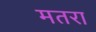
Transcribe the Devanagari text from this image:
मतरा